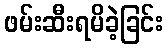
ဖမ်းဆီးရမိခဲ့ခြင်း